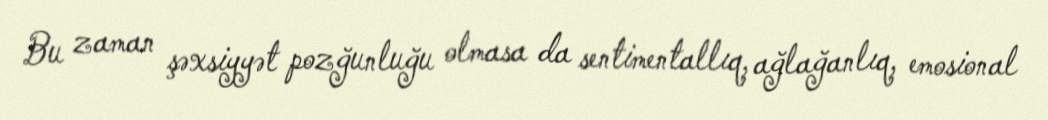
Bu zaman şəxsiyyət pozğunluğu olmasa da sentimentallıq, ağlağanlıq, emosional